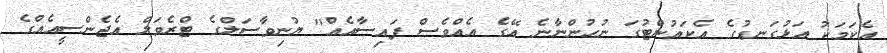
އެކަމަކު އަޅުގަނޑުގެ އެކައުންޓުގަ ނުހުންނާނެ އޭގެ އެއްވެސް ފައިސާއެއް" ޔުނިވާސަލްގެ ޓްރެވަލް އެޖެންސީއެއްގެ